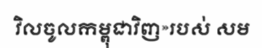
វិលចូលកម្ពុជាវិញ»របស់ សម